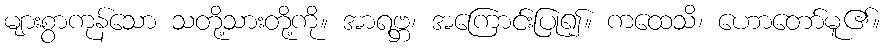
များစွာကုန်သော သတို့သားတို့ကို။ အာရဗ္ဘ၊ အကြောင်းပြု၍။ ကထေသိ၊ ဟောတော်မူ၏။